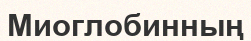
Миоглобинның